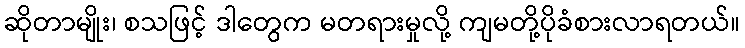
ဆိုတာမျိုး၊ စသဖြင့် ဒါတွေက မတရားမှုလို့ ကျမတို့ပိုခံစားလာရတယ်။